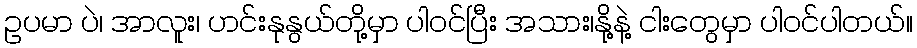
ဥပမာ ပဲ၊ အာလူး၊ ဟင်းနုနွယ်တို့မှာ ပါဝင်ပြီး အသား၊နို့နဲ့ ငါးတွေမှာ ပါဝင်ပါတယ်။